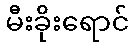
မီးခိုးရောင်